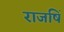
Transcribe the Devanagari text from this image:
राजषिँ